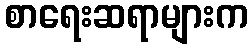
စာရေးဆရာများက